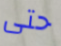
حتى